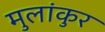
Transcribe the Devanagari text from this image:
मुलांकुर